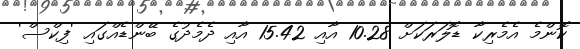
ކޮންމެ އެމެރިކާ ޑޮލަރަކަށް 10.28 އާއި 15.42 އާއި ދެމެދުގެ ބޭންޑެއްގައި 'ފިކްސް'